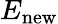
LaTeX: E_{\textrm{new}}